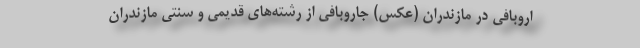
اروبافی در مازندران (عکس) جاروبافی از رشته‌های قدیمی و سنتی مازندران